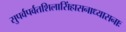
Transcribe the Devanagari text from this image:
सुपर्वपर्वतशिलासिंहासनाध्यासनाः